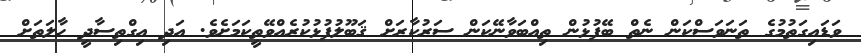
ވަޑައިގަތުމުގެ ތަނަވަސްކަން ނެތް ބޭފުޅުން ތިއްބަވާނޭކަން ސަރުކާރަށް ޤަބޫލުފުޅުކުރެއްވޭތީކަމަށެވެ. އަދި އިގްތިސާދީ ޙާލަތަށް